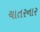
ચાતરનાર